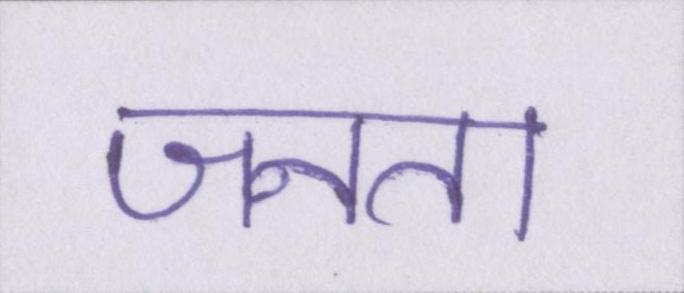
जनता